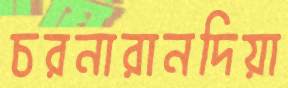
চরনারানদিয়া